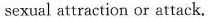
sexual attraction or attack.